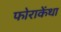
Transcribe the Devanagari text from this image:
फोराकेंथा